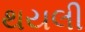
થયલી